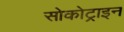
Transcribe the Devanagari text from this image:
सोकोट्राइन